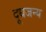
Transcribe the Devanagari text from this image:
दूधजन्य